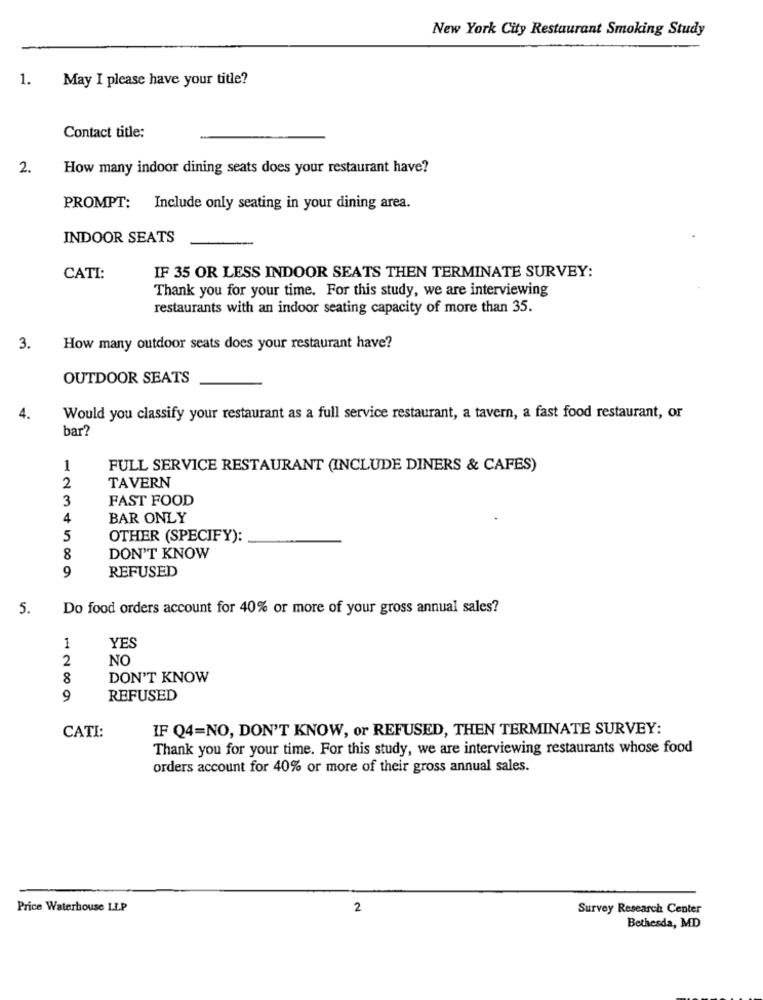
New York City Restaurant Smoking Study
May I please have your title?
1.
Contact title:
2.
How many indoor dining seats does your restaurant have?
PROMPT: Include only seating in your dining area.
INDOOR SEATS
CATI:
IF 35 OR LESS INDOOR SEATS THEN TERMINATE SURVEY:
Thank you for your time. For this study, we are interviewing
restaurants with an indoor seating capacity of more than 35.
3.
How many outdoor seats does your restaurant have?
OUTDOOR SEATS
4.
Would you classify your restaurant as a full service restaurant, a tavern, a fast food restaurant, or
ar?
1
FULL SERVICE RESTAURANT (INCLUDE DINERS & CAFES)
TAVERN
2
3
FAST FOOD
4
BAR ONLY
5
OTHER (SPECIFY):
8
DON'T KNOW
9
REFUSED
5.
Do food orders account for 40% or more of your gross annual sales?
1
YES
2
NO
8
DON'T KNOW
9
REFUSED
CATI:
IF Q4=NO, DON'T KNOW, or REFUSED, THEN TERMINATE SURVEY:
Thank you for your time. For this study, we are interviewing restaurants whose food
orders account for 40% or more of their gross annual sales.
Price Waterhouse LIP
2
Survey Research Center
Bethesda, MD